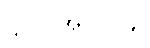
ဋ္ဌ-ပ-အုပ်-၁၄။